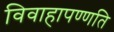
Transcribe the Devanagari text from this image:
विवाहापण्णति